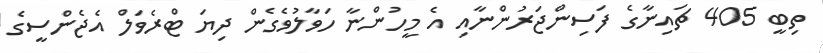
ތިބީ 405 ޗައިނާގެ ފަސިންޖަރުންނާއި އެ މީހުންނާ ހަވާލުވެގެން ދިޔަ ޓްރެވަލް އެޖެންސީގެ